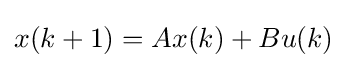
x(k+1)=Ax(k)+Bu(k)